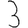
Digit: 3